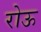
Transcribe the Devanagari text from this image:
रोऊ